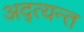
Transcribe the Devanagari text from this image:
अद्त्यन्त